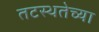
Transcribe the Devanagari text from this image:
तटस्थतेच्या